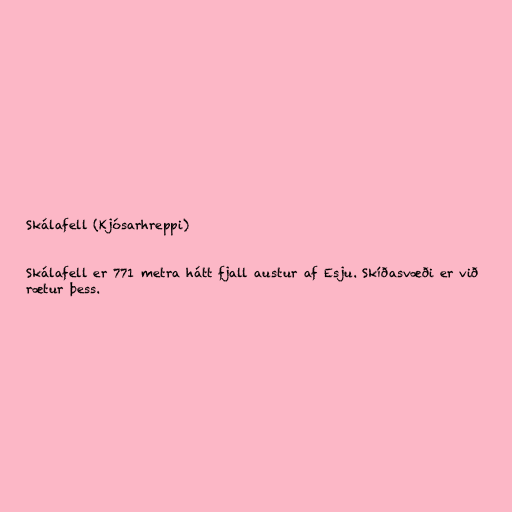
Skálafell (Kjósarhreppi)

Skálafell er 771 metra hátt fjall austur af Esju. Skíðasvæði er við
rætur þess.